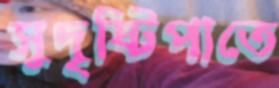
সুদৃষ্টিপাতে